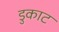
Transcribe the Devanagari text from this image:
डुकाट